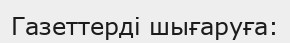
Газеттерді шығаруға: